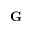
\mathbf { G }